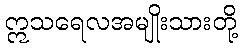
ဣသရေလအမျိုးသားတို့